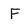
Character: F